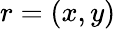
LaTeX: r=(x,y)